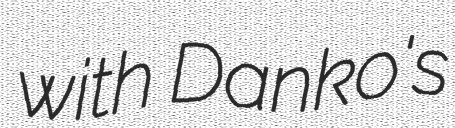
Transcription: with Danko's